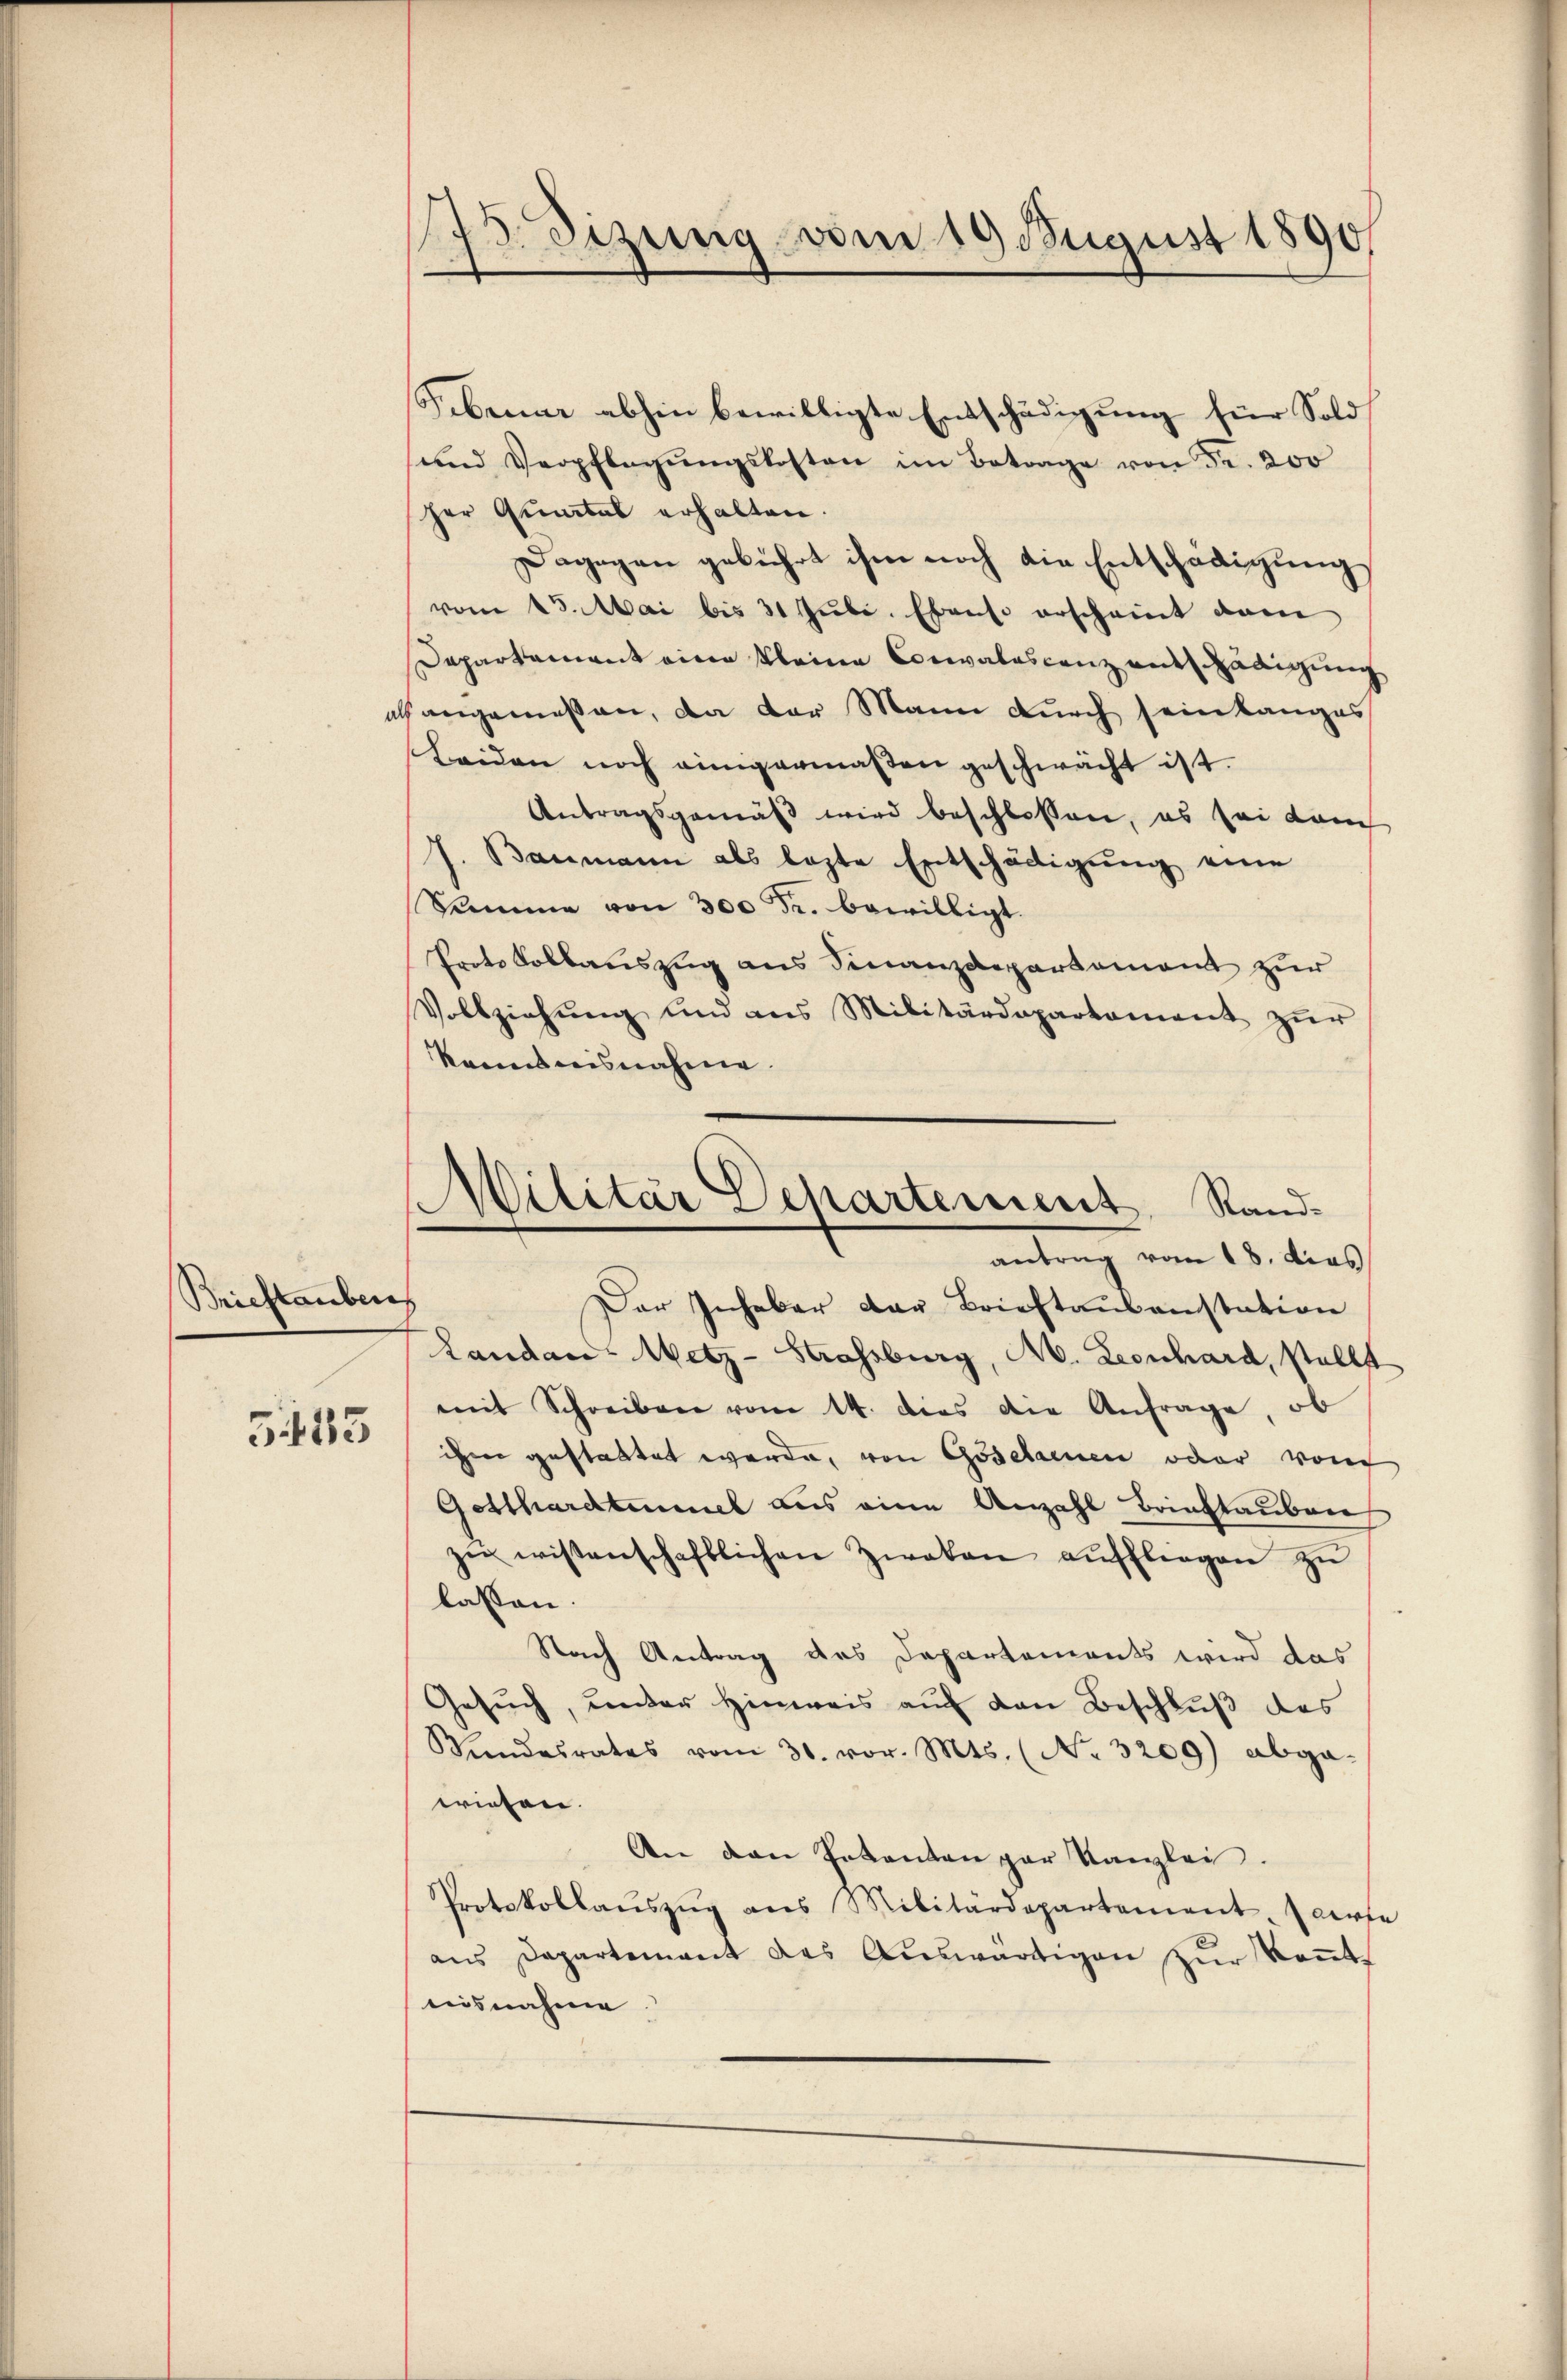
Brieftauber
543

75. Disung vom 19. August 1890
.

Sebener abhin bewilligte Entschädigung für Sold
und Verpflegŭngskosten im Betrage von Fr. 200
her Quintal erhalten.
Dagegen gebührt ihm noch die Entschädigung.
vom 15. Mai bis 31 Juli. Ebenso erscheint dam
Dapartement eine kleine Cocaloscanz entschädigung
Gangemessen, da der Mann durch sein langes
Leiden noch einigermaßen geschwächt ist.
Antragsgemäß wird beschlossen, es sei danch
J. Baumann als lezte Entschädigung eine
Summe von 300 Fr. bewilligt.
Protokollauszug aus Finanzdepartament zur
Vollziehŭng und ans Militärdepartament zŭr
kanntnisnahme.
c
Der Inhaber der Brieftausanstation
Landan Metz-Strassburg, M. Leonhard, stellt
mit Schreiben vom 14. dies die Anfrage, ob
ihen gestattet werde, von Gosclainen oder vom
Getthardtummel aus eine Anzahl Bringlauben
zŭ wissenschaftlichen Zwakan aŭffliegen zŭ
lassen.
Nach Antrag des Departements wird das
Gesŭch, unter Hinweis auf den Beschluß des
Mindesrates vom 30. vor. Mts. (No. 3209) abga
wiesen.
An den Petenten par Kanzlei.
Protokollaŭszŭg ans Militärdepartement parte
ans Departement des Aŭswärtigen zŭr Keṅt-
nisnahme

Militär Departement. Randantrag vom 18. dies